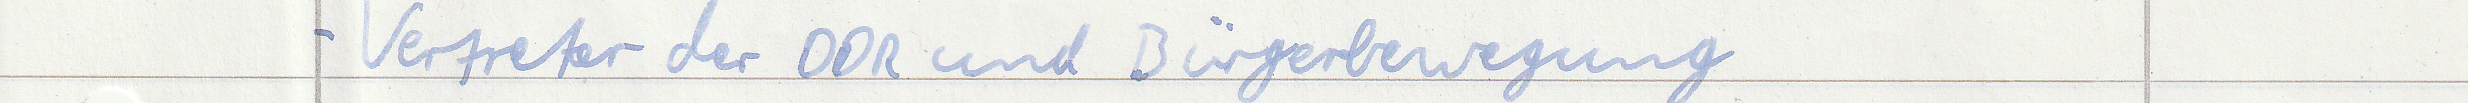
- Vertreter der DDR und Bürgerbewegung